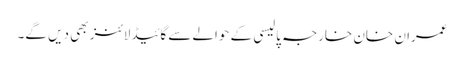
عمران خان خارجہ پالیسی کے حوالےسے گائیڈلائنز بھی دیں گے۔